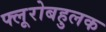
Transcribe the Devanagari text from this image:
फ्लूरोबहुलक